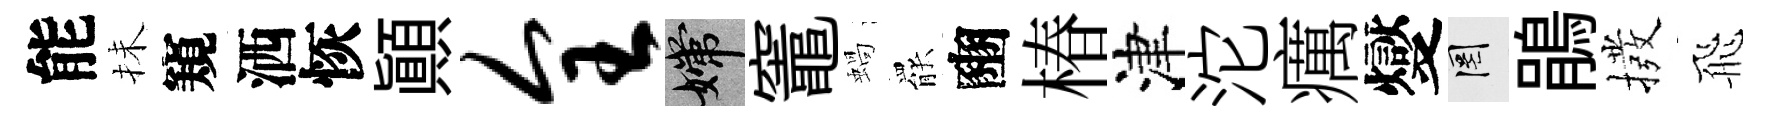
能抺窺洒恢顚全嫦竈蝸罷豳椿津沱癘燮罔鵑撥飛